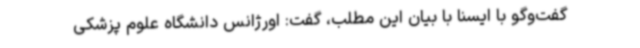
گفت‌وگو با ایسنا با بیان این مطلب، گفت: اورژانس دانشگاه علوم پزشکی